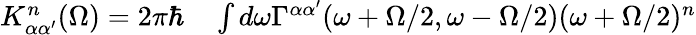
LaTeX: \begin{array}{rl}{K_{\alpha\alpha^{\prime}}^{n}(\Omega)=2\pi\hbar}&{{}\int d\omega\Gamma^{\alpha\alpha^{\prime}}(\omega+\Omega/2,\omega-\Omega/2)(\omega+\Omega/2)^{n}}\end{array}